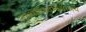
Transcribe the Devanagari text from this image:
तुल्यविश्वविद्यालय